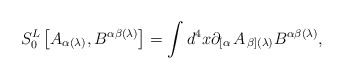
\begin{align*}S_{0}^{L}\left[ A_{\alpha (\lambda )},B^{\alpha \beta (\lambda )}\right]=\int d^{4}x\partial _{\left[ \alpha \right. }A_{\left. \beta \right](\lambda )}B^{\alpha \beta (\lambda )}, \end{align*}